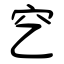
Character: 穵